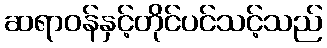
ဆရာဝန်နှင့်တိုင်ပင်သင့်သည်